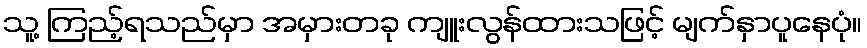
သူ့ ကြည့်ရသည်မှာ အမှားတခု ကျူးလွန်ထားသဖြင့် မျက်နှာပူနေပုံ။